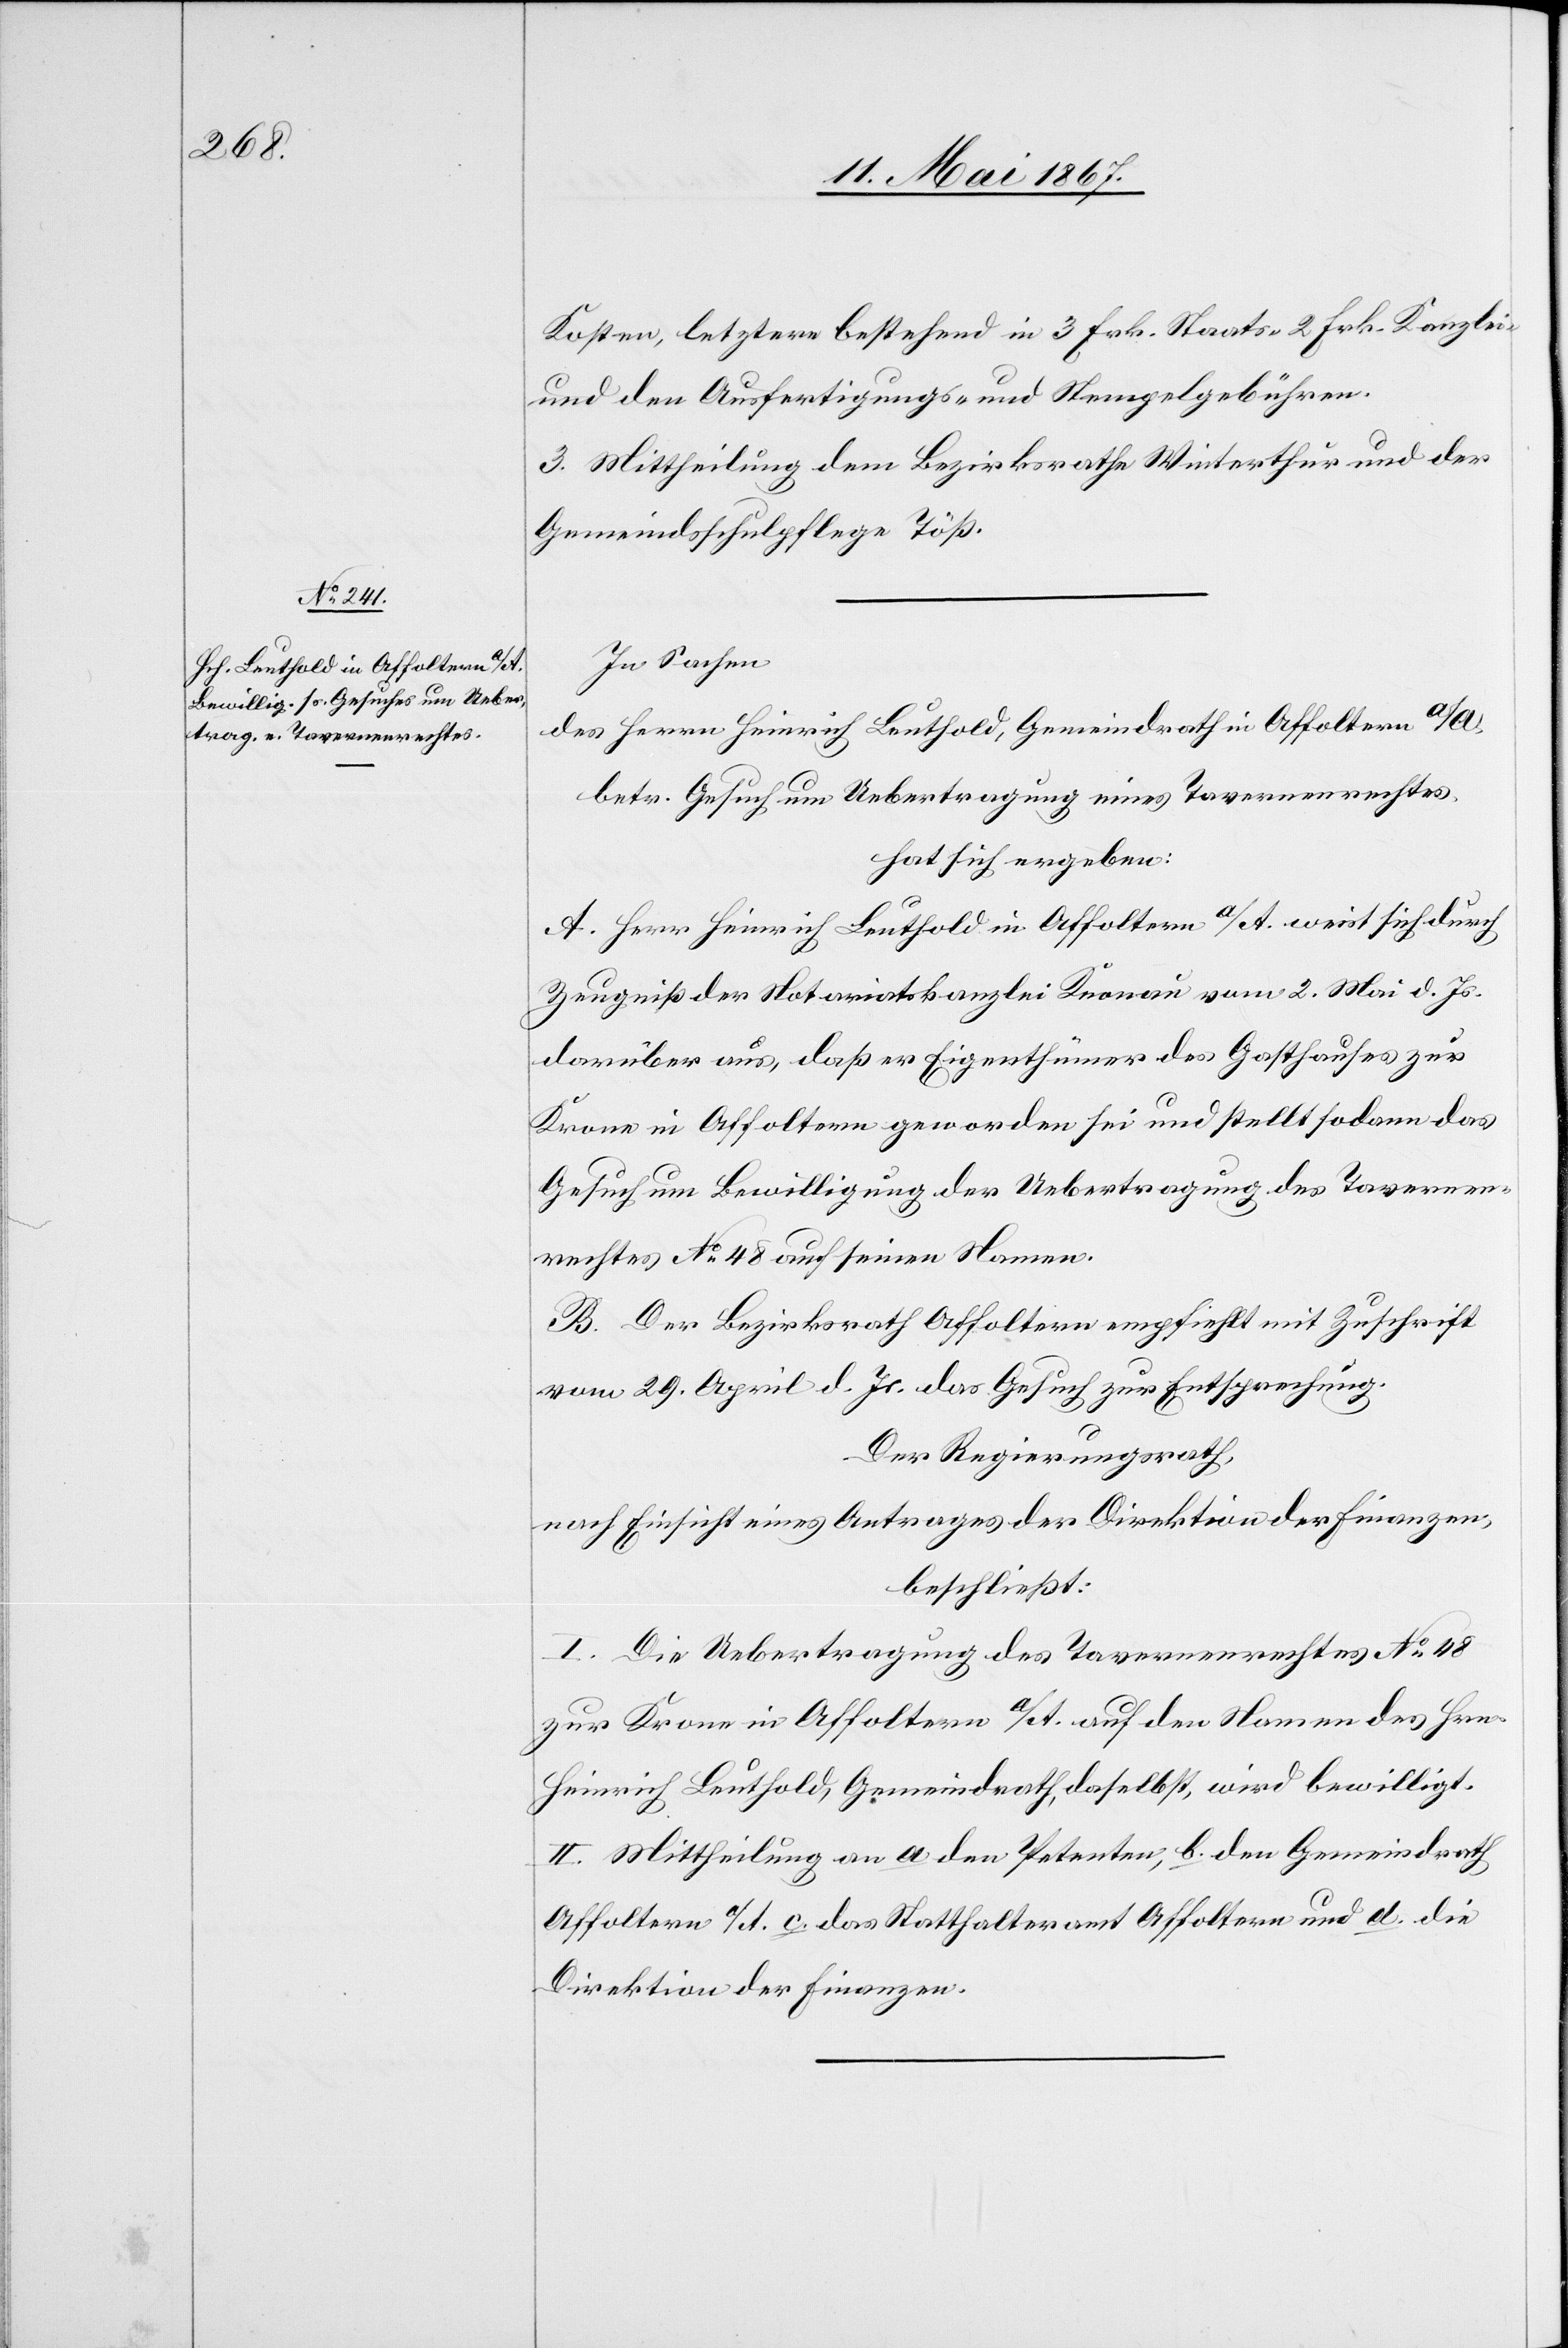
Kosten, letztere bestehend in 3 Frk. Staats-[,] 2 Frk. Kanzlei-
und den Ausfertigungs- und Stempelgebühren.
3. Mittheilung dem Bezirksrathe Winterthur und der
Gemeindsschulpflege Töß.
In Sachen
des Herrn. Heinrich Leuthold, Gemeindrath in Affoltern a/A.
betr. Gesuch um Uebertragung eines Tavernenrechtes,
hat sich ergeben:
A. Herr Heinrich Leuthold in Affoltern a/A. weist sich durch
Zeugniß der Notariatskanzlei Knonau vom 2. Mai d. Js.
darüber aus, daß er Eigenthümer des Gasthauses zur
Krone in Affoltern geworden sei und stellt sodann das
Gesuch um Bewilligung der Uebertragung des Tavernen¬
rechtes No. 48 auf seinen Namen.
B. Der Bezirksrath Affoltern empfiehlt mit Zuschrift
vom 29. April d. Js. das Gesuch zur Entsprechung.
Der Regierungsrath,
nach Einsicht eines Antrages der Direktion der Finanzen,
beschließt:
I. Die Uebertragung des Tavernenrechtes No. 48
zur Krone in Affoltern a/A. auf den Namen des Hrn.
Heinrich Leuthold, Gemeindrath, daselbst, wird bewilligt.
II. Mittheilung an a. den Petenten, b. den Gemeindrath
Affoltern a/A. c. das Statthalteramt Affoltern und d. die
Direktion der Finanzen.